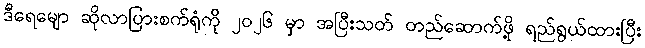
ဒီရေမျော ဆိုလာပြားစက်ရုံကို ၂၀၂၆ မှာ အပြီးသတ် တည်ဆောက်ဖို့ ရည်ရွယ်ထားပြီး